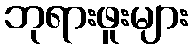
ဘုရားဖူးများ